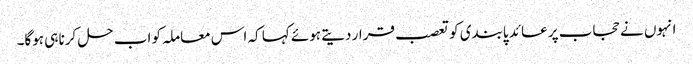
انہوں نے حجاب پر عائد پابندی کو تعصب قرار دیتے ہوئے کہا کہ اس معاملہ کو اب حل کرنا ہی ہوگا۔